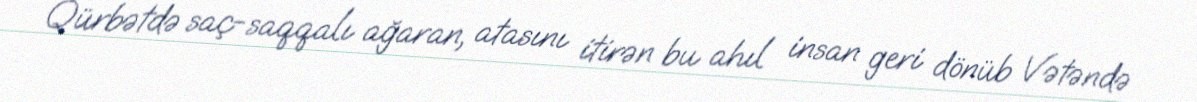
Qürbətdə saç-saqqalı ağaran, atasını itirən bu ahıl insan geri dönüb Vətəndə